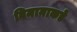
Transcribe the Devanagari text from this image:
विमानाकडे